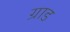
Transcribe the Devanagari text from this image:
ग्राड